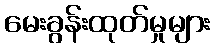
မေးခွန်းထုတ်မှုများ